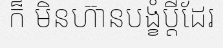
ក៏ មិនហ៊ានបង្ខំប្តីដែរ